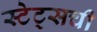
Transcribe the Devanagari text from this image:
स्टेट्सची